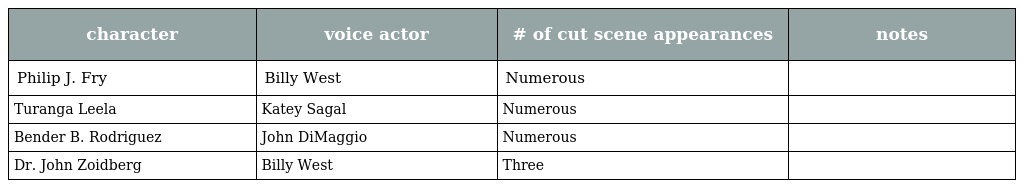
| character | voice actor | # of cut scene appearances | notes |
 | --- | --- | --- | --- |
 | Philip J. Fry | Billy West | Numerous |  |
 | Turanga Leela | Katey Sagal | Numerous |  |
 | Bender B. Rodriguez | John DiMaggio | Numerous |  |
 | Dr. John Zoidberg | Billy West | Three |  |